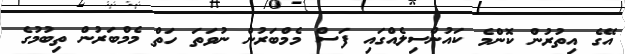
އޭގެ އިތުރުން ކޮންމެ ކައުންސިލެއްގައި ފަސް މެމްބަރުން ނުވަތަ ހަތް މެމްބަރުން ތިބުމުގެ